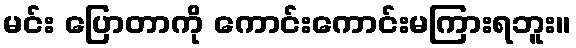
မင်း ပြောတာကို ကောင်းကောင်းမကြားရဘူး။